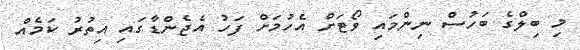
މި ބިލްގެ ބަހުސް ނިންމައި ވޯޓަށް އެހުމަށް ފަހު އެޖެންޑާގައި އިތުރު ކަމެއް